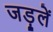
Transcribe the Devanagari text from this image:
जड़ूलें